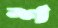
শ